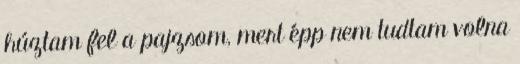
húztam fel a pajzsom, mert épp nem tudtam volna